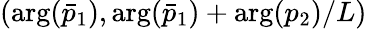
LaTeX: (\arg(\bar{p}_{1}),\arg(\bar{p}_{1})+\arg(p_{2})/L)